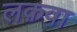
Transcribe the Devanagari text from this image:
लक़वा